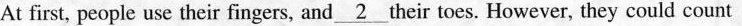
At first, people use their fingers, and \underline{2} their toes. However, they could count